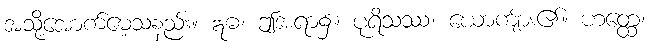
အသို့အောက်မေ့သနည်း။ ဣဓ၊ ဤအရာ၌။ ပုရိသဿ၊ ယောကျ်ား၏။ ဟတ္ထေ၊